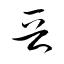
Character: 晉